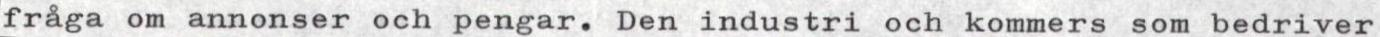
fråga om annonser och pengar. Den industri och kommers som bedriver